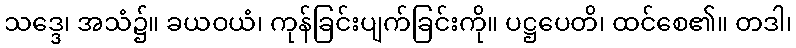
သဒ္ဒေ၊ အသံ၌။ ခယဝယံ၊ ကုန်ခြင်းပျက်ခြင်းကို။ ပဋ္ဌပေတိ၊ ထင်စေ၏။ တဒါ၊